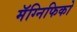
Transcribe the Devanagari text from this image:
मॅग्निफिको